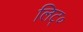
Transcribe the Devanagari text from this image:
लिट्०